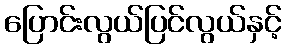
ပြောင်းလွယ်ပြင်လွယ်နှင့်